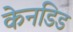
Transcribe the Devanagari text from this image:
केनडिड